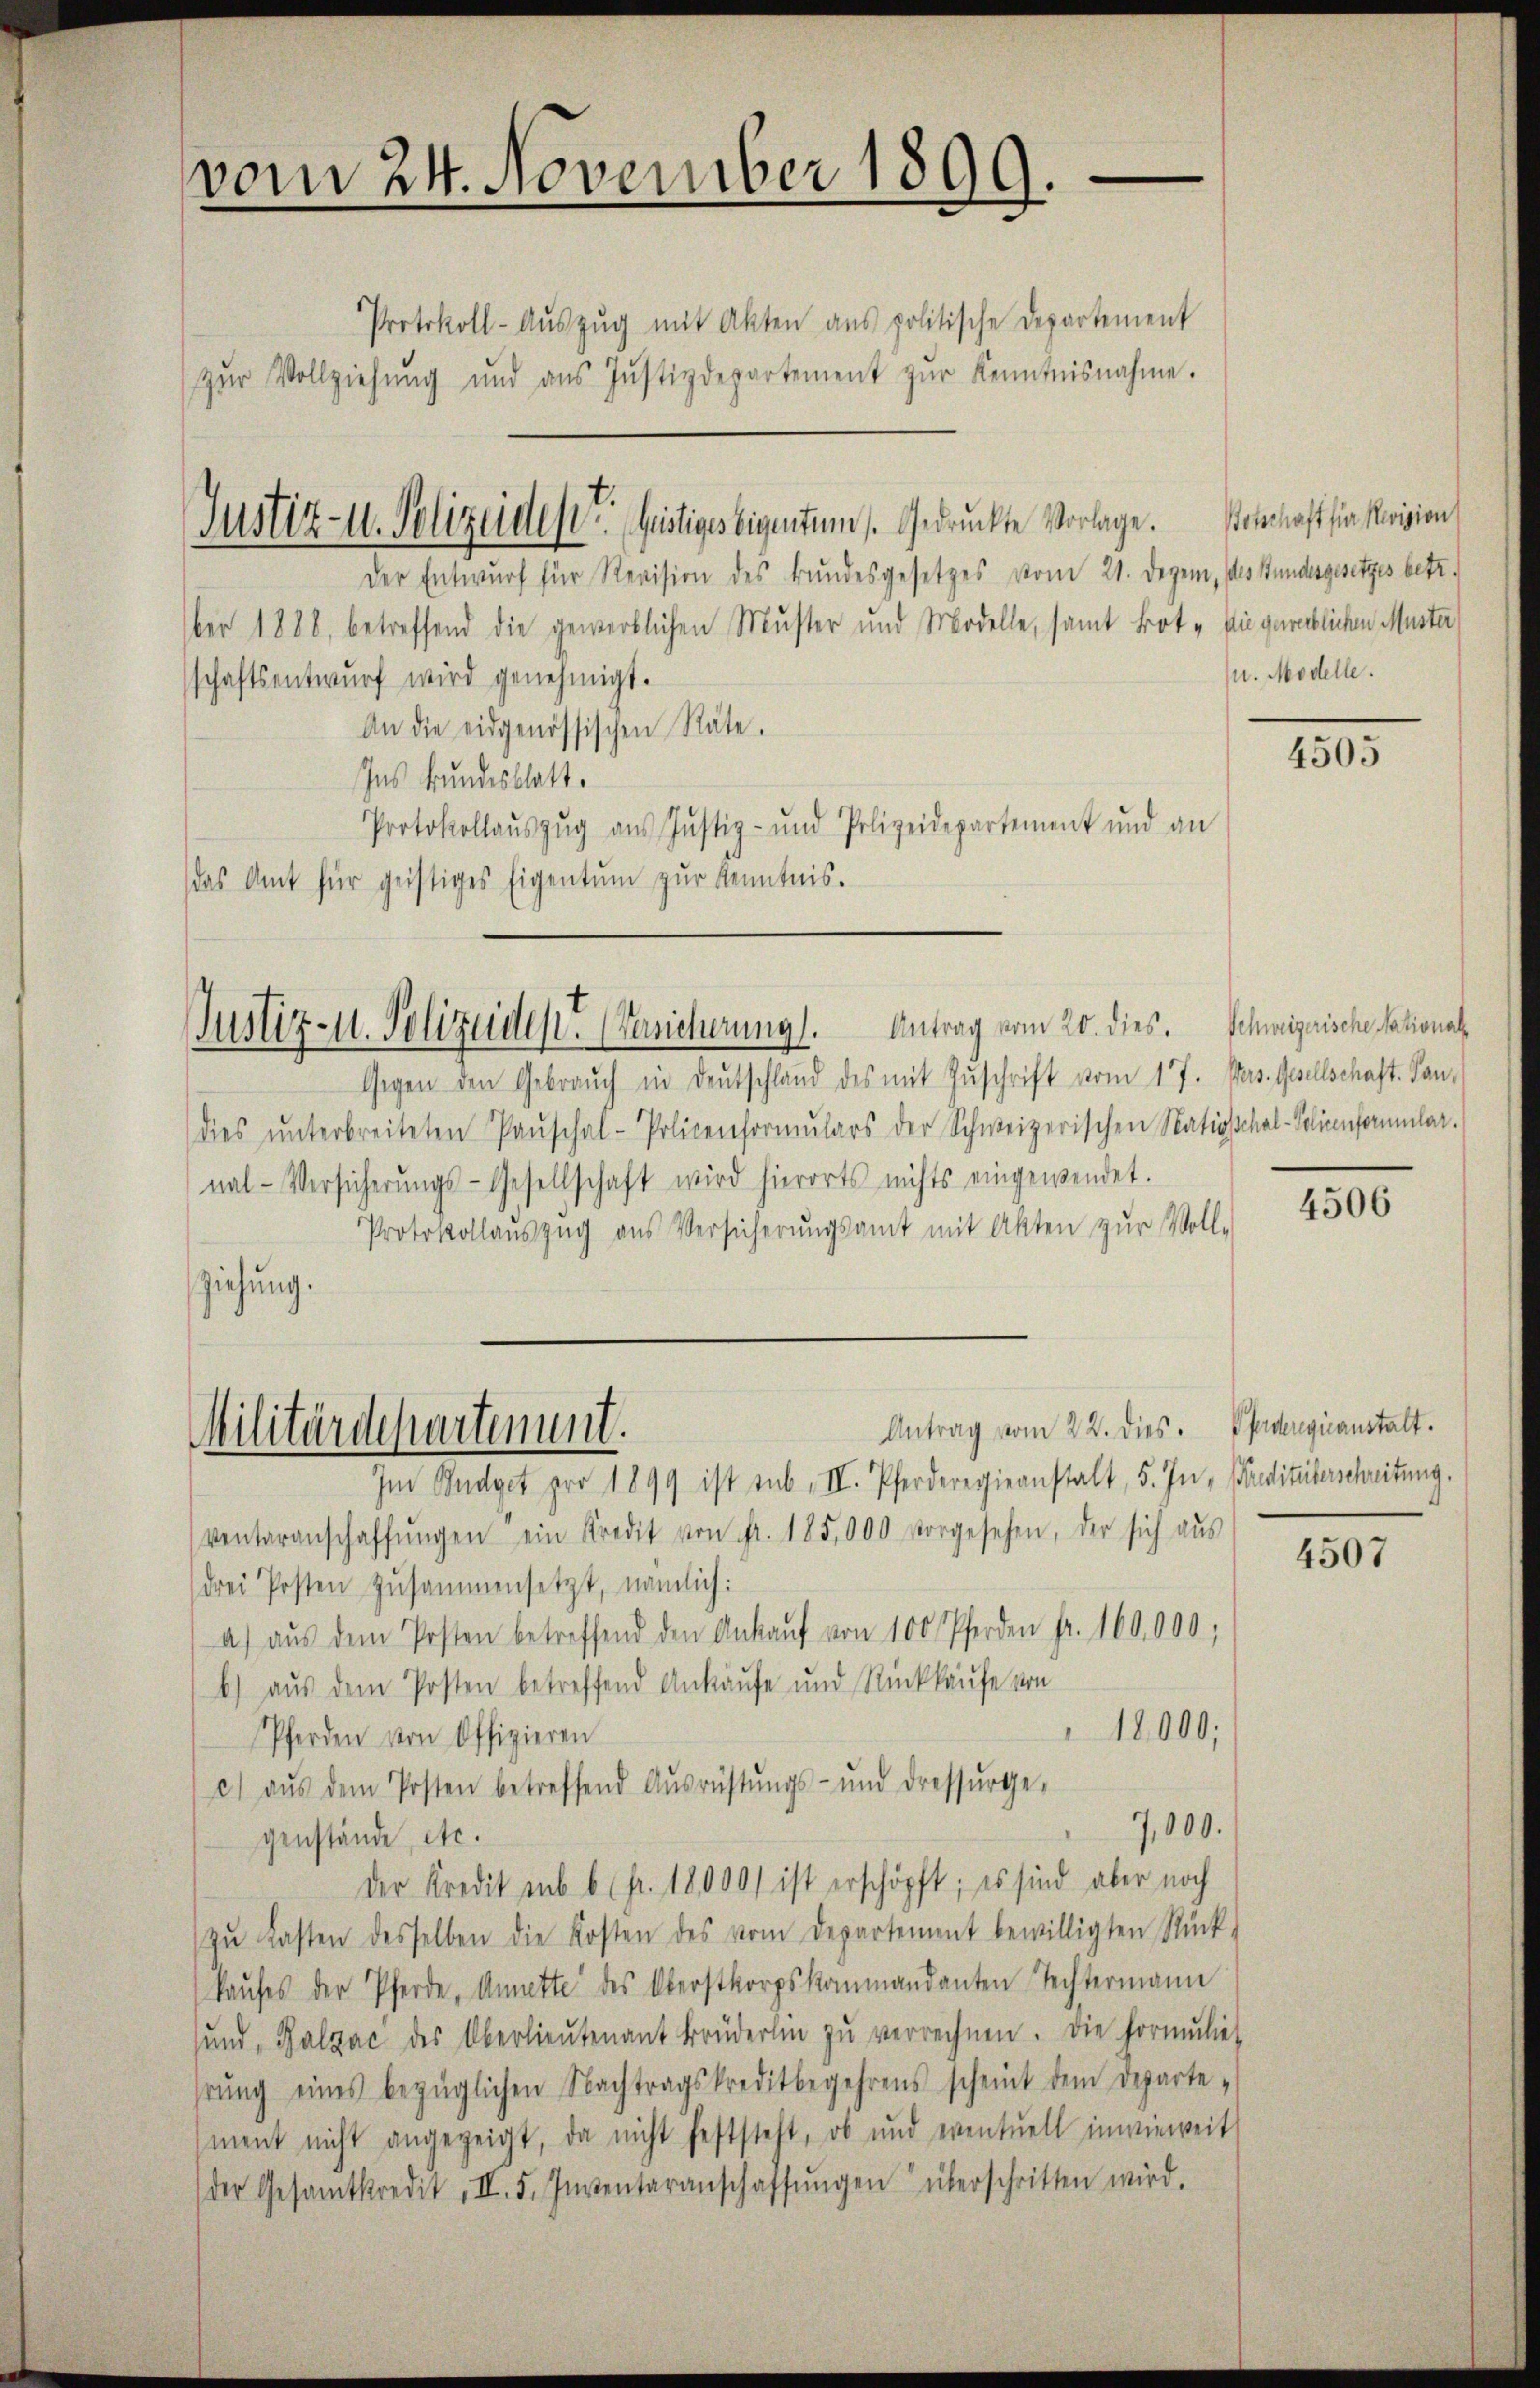
vom 24. November 1899.

Protokoll-Aŭszŭg mit Akten ans politische Departement
zŭr Vollziehŭng und ans Justizdepartement zŭr Kenntnisnahme.

Justiz- u. Polizeiden Geistiges Eigentums. Gedrückte Vorlage. Wohnhaft in Revision
Der Entwurf für Revision des Bundesgesetzes vom 21. Dezem, des Bundesgesetzes betr.
ber 1888, betreffend die gewerblichen Muster und Modelle, samt Brot - die gereblichen Muster
schaftsentwŭrf wird genehmigt.
An die eidgenössischen Räte.
Ins Bundesblatt.
Protokollaŭszŭg aŭs Justiz- und Polizeidepartement und an
das Amt für geistiges Eigentum zur Kenntnis.

Justiz- u. Polizeides Versicherung. Antrag vom 20. dies. Schweizerische National

Militärdepartement.

Gegen den Gebrauch in Deutschland des mit Zuschrift vom 17. Mas. Gesellschaft. Sandies ŭnterbreiteten Paŭschal-Policenformŭlars der Schweizerischen Nationschal-Policenformular-
nal-Versicherŭngs-Gesellschaft wird hierorts nichts eingewendet.
Protokollaŭszŭg aŭs Versicherŭngsamt mit Akten zŭr Voll-
ziehung.
Antrag vom 22. dies. Pfadenquanstalt.
Im Budget pro 1899 ist sub II. Pferderegiernstalt, 5. In Banditaterschreitung.
ventaranschaffŭngen ein Kredit von fr. 185,000 vorgesehen, der sich aŭs
drei Posten zusammensetzt, nämlich:
a) aŭs dem Posten betreffend den Ankaŭf von 100 Pferden fr. 160,000,
b.) aus dem Posten betreffend Ankäufe und Rückkaufe von
18000;
Pferden von Offizieren
e) aŭs dem Posten betreffend Aŭsrüstŭngs- und dresserge-
7,000.
genstände, etc.
der Kredit sub 6 pr. 18000 ist erschöpft; es sind aber noch
zŭ lasten desselben die Kosten des vom Departement bewilligten Rück-
kaufes der Pferde, Annette des Oberstkorpskammandanten Techtermann
und, Balzac des Oberlieŭtenant Brüderlin zŭ verrechnen. Die Formŭlie
hrŭng eines bezüglichen Nachtragskreditbegehrens scheint dem Departe-
ment nicht angezeigt, da nicht feststeht, ob und eventuell inwieweit
der Gesamtkredit, II. 5. Inventaranschaffŭngen überschritten wird.

J. Modelle.

4505

4506

4507